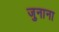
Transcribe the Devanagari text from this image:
जुनाना